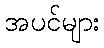
အပင်များ